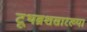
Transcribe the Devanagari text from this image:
टूथब्रशसारख्या